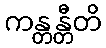
ကန္တန္တီတိ